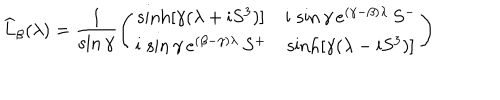
\widehat { L } _ { \beta } ( \lambda ) = \frac { 1 } { \sin \gamma } \left( \begin{array} { c c } { { \sinh [ \gamma ( \lambda + \mathrm { i } S ^ { 3 } ) ] } } & { { \mathrm { i } \, \sin \gamma \, e ^ { ( \gamma - \beta ) \lambda } \, S ^ { - } } } \\ { { \mathrm { i } \, \sin \gamma \, e ^ { ( \beta - \gamma ) \lambda } \, S ^ { + } } } & { { \sinh [ \gamma ( \lambda - \mathrm { i } S ^ { 3 } ) ] } } \\ \end{array} \right)